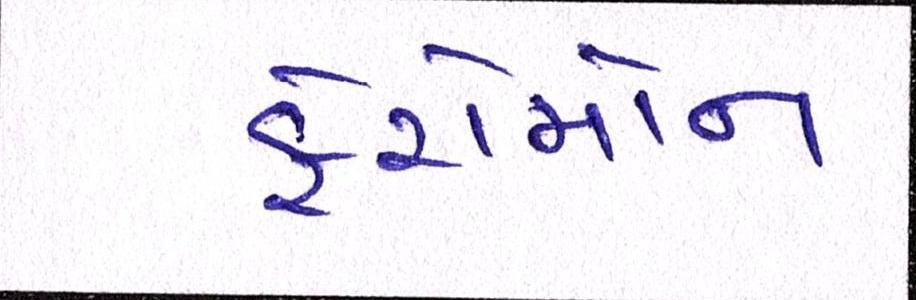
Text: ફેરોમોન